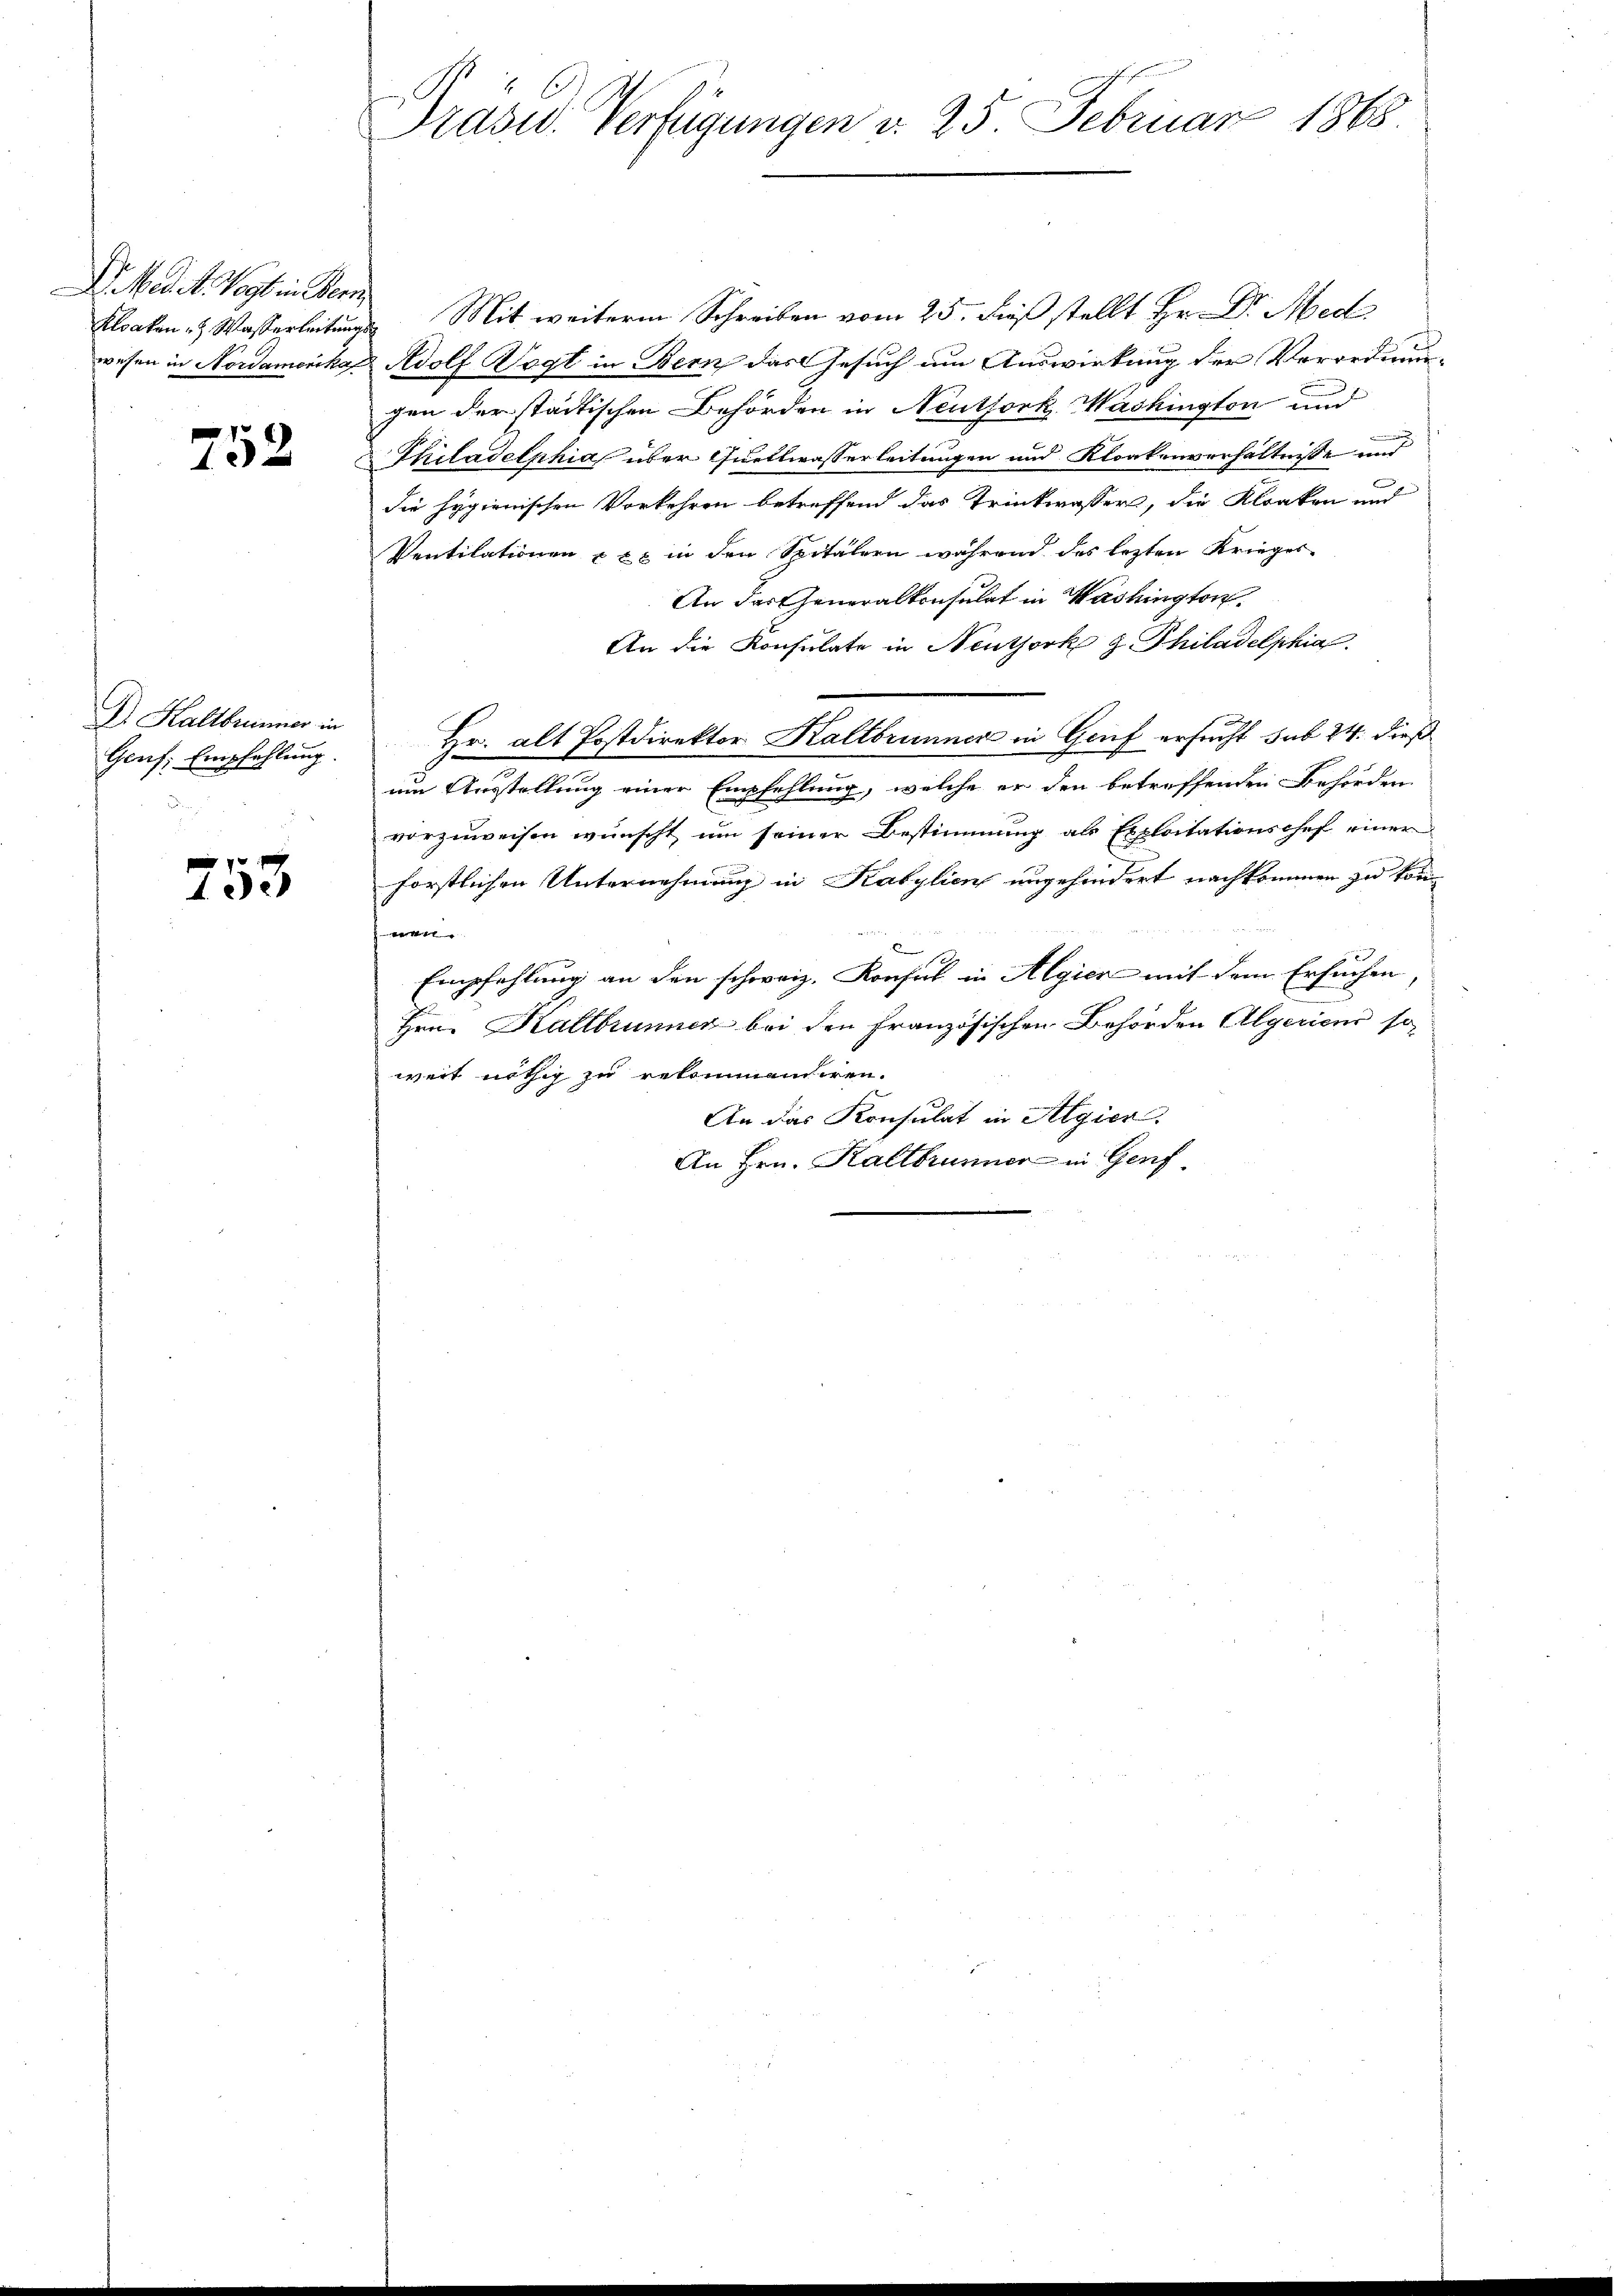
D. Med. A. Vogt in Bern
Kloaken u. Wasserleitungs
wesen in Nordamerika

x

Dr. Haltbrunner in
Genf, Empfehlung.

f
153

Prasw. Verfügungen d. 25. Februar 1868

Mit weiteren Schreiben vom 25. dieß stellt Hr. Dr. Med
Rdolf Vogt in Bern das Gesuch um Auswirkung der Verordnungen der städtischen Behörden in Neuthork, Washington und
Thiladelphia über Quellwasserleitungen und Kloakenverhältnisse und
die Hygienischen Vorkehren betreffend das Trinkwasser, die Kloaken und
Ventilationen xxx in den Spitälern während des lezten Krieges
An das Generalkonsulat in Washington.
An die Konsulate in Neuthork z. Thiladelphia
Hr. alt Postdirektor Kaltbrunner in Genf ersucht sub 24. dieß
um Ausstellung einer Empfehlung, welche er den betreffenden Behörden
vorzuweisen wünscht um seiner Bestimmung als Exploitationschef einer
förstlichen Unternehmung in Kabylien ungehindert nachkommen zu kön¬

Empfehlung an den schweiz. Konsul in Algier mit dem Ersuchen,
Hrn. Kallbrunner bei den französischen Behörden Algeriens so
weit nöthig zu rekommandiren.
An das Konsulat in Algier
An Hrn. Kaltbrunner in Genf